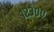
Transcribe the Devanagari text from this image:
१२३००